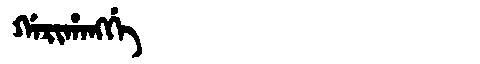
Manchu: ᡤᠠᡵᡳᡥᠠᠩᡤᡝ
Romanization: GARIHANGGE